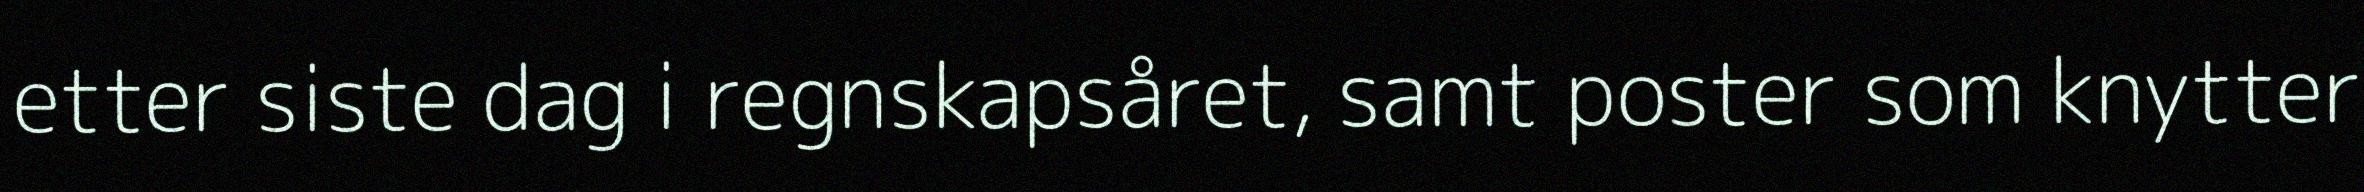
etter siste dag i regnskapsåret, samt poster som knytter